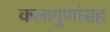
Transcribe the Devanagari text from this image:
कलागुणांसह